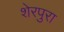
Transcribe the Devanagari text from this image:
शेरपुरा